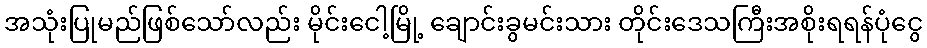
အသုံးပြုမည်ဖြစ်သော်လည်း မိုင်းငေါ့မြို့ ချောင်းခွမင်းသား တိုင်းဒေသကြီးအစိုးရရန်ပုံငွေ